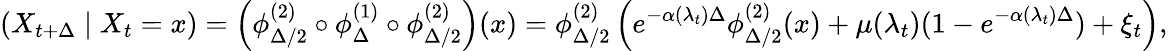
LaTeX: (X_{t+\Delta}\mid X_{t}=x)=\left(\phi_{\Delta/2}^{(2)}\circ\phi_{\Delta}^{(1)}\circ\phi_{\Delta/2}^{(2)}\right)(x)=\phi_{\Delta/2}^{(2)}\left(e^{-\alpha(\lambda_{t})\Delta}\phi_{\Delta/2}^{(2)}(x)+\mu(\lambda_{t})(1-e^{-\alpha(\lambda_{t})\Delta})+\xi_{t}\right),